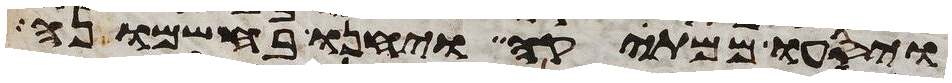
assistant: ויסעו ממתקה ויחנו בחשמונה